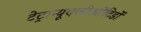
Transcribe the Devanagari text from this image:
टेट्रान्यूक्लीओटिडों